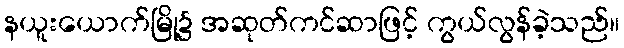
နယူးယောက်မြို့၌ အဆုတ်ကင်ဆာဖြင့် ကွယ်လွန်ခဲ့သည်။